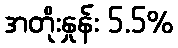
အတိုးနှုန်း 5.5%